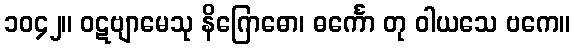
၁၀၄၂။ ဝဋဗျာမေသု နိဂြောဓော၊ ဓင်္ကော တု ဝါယသေ ဗကေ။